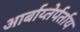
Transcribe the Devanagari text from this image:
आर्बाय्तेर्पर्ताय